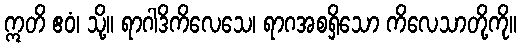
ဣတိ ဧဝံ၊ သို့။ ရာဂါဒိကိလေသေ၊ ရာဂအစရှိသော ကိလေသာတို့ကို။